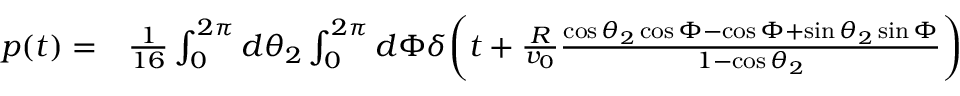
\begin{array} { r l } { p ( t ) = } & { { } \frac { 1 } { 1 6 } \int _ { 0 } ^ { 2 \pi } d \theta _ { 2 } \int _ { 0 } ^ { 2 \pi } d \Phi \delta \bigg ( t + \frac { R } { v _ { 0 } } \frac { \cos \theta _ { 2 } \cos \Phi - \cos \Phi + \sin \theta _ { 2 } \sin \Phi } { 1 - \cos \theta _ { 2 } } \bigg ) } \end{array}